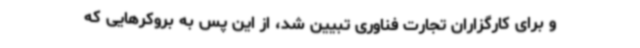
و برای کارگزاران تجارت فناوری تبیین شد، از این پس به بروکرهایی که